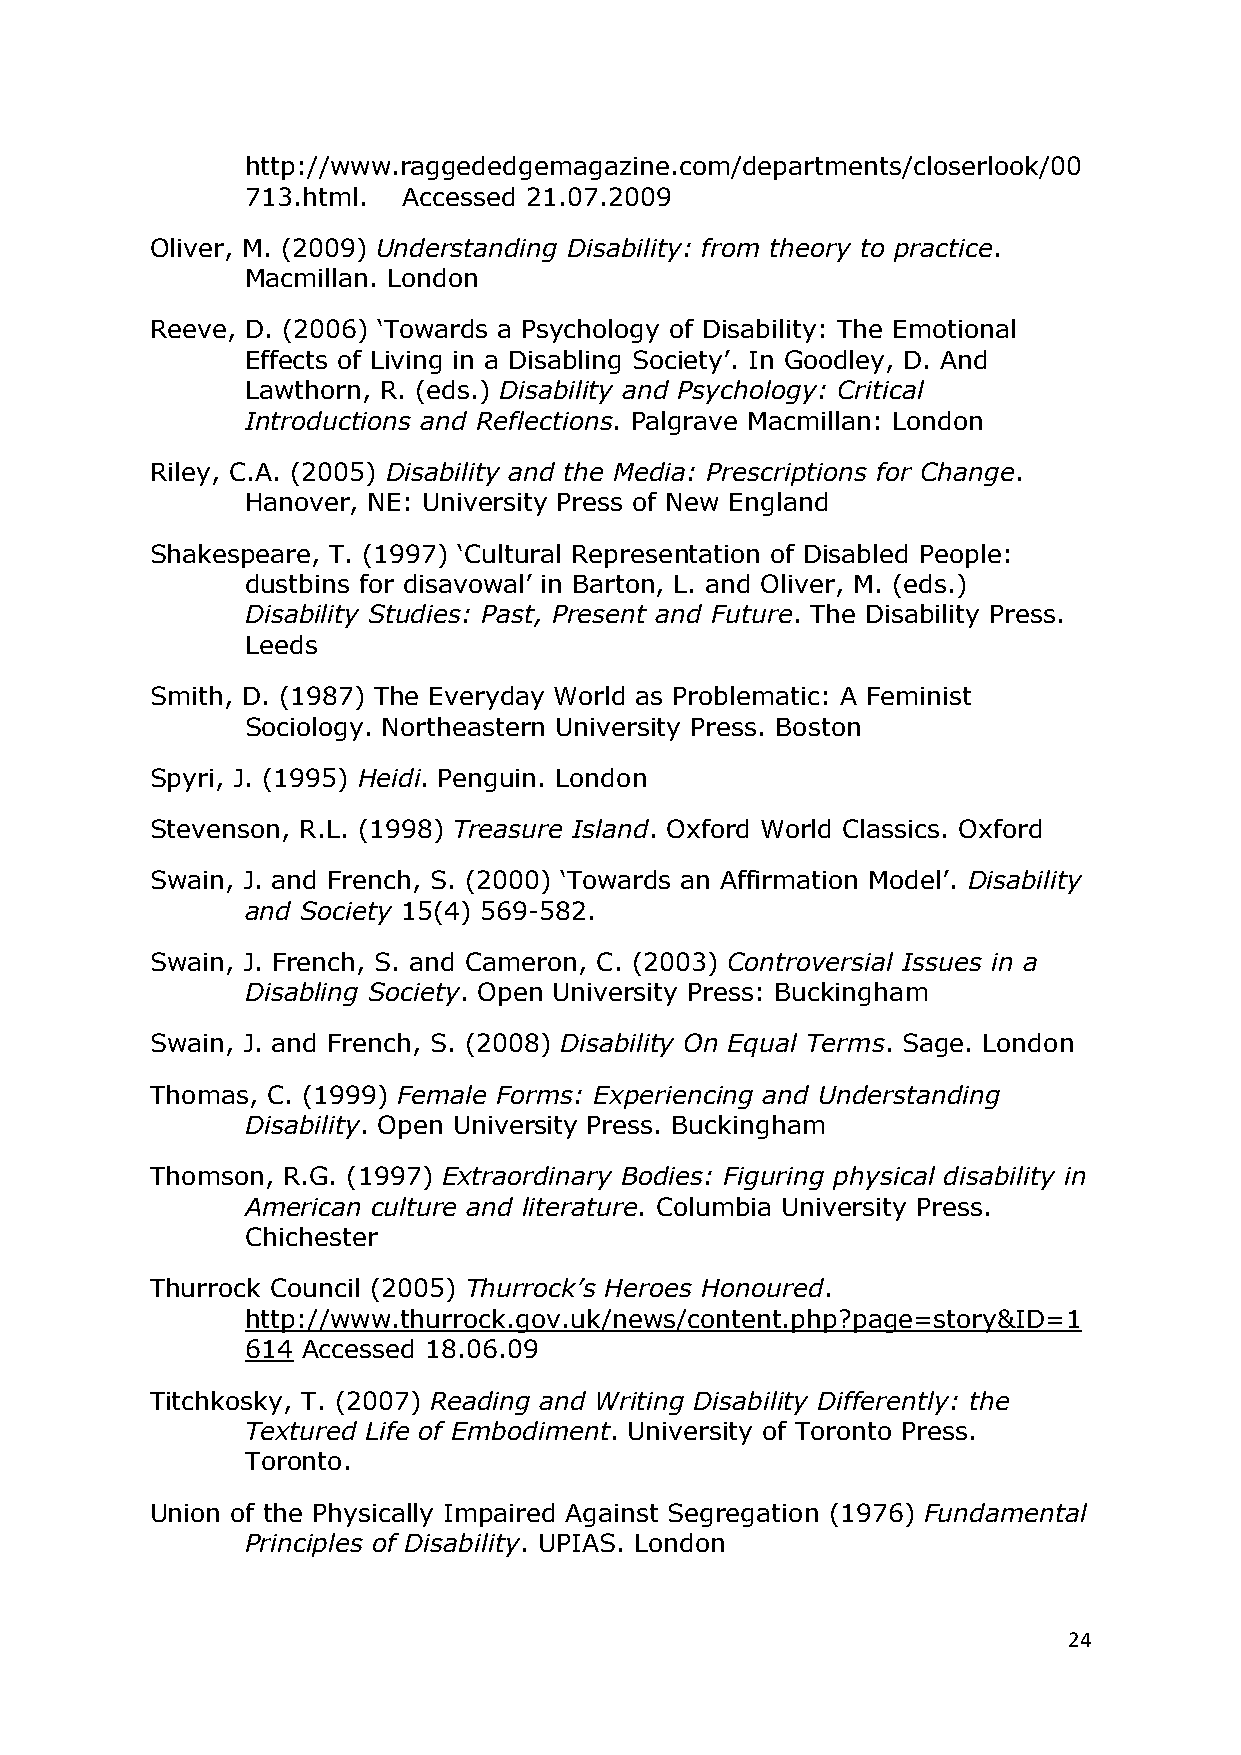
http://www.raggededgemagazine.com/departments/closerlook/00
 713.html.  Accessed 21.07.2009
 Oliver, M. (2009) Understanding Disability: from theory to practice.
 Macmillan. London
 Reeve, D. (2006) ‗Towards a Psychology of Disability: The Emotional
 Effects of Living in a Disabling Society‘. In Goodley, D. And
 Lawthorn, R. (eds.) Disability and Psychology: Critical
 Introductions and Reflections. Palgrave Macmillan: London
 Riley, C.A. (2005) Disability and the Media: Prescriptions for Change.
 Hanover, NE: University Press of New England
 Shakespeare, T. (1997) ‗Cultural Representation of Disabled People:
 dustbins for disavowal‘ in Barton, L. and Oliver, M. (eds.)
 Disability Studies: Past, Present and Future. The Disability Press.
 Leeds
 Smith, D. (1987) The Everyday World as Problematic: A Feminist
 Sociology. Northeastern University Press. Boston
 Spyri, J. (1995) Heidi. Penguin. London
 Stevenson, R.L. (1998) Treasure Island. Oxford World Classics. Oxford
 Swain, J. and French, S. (2000) ‗Towards an Affirmation Model‘. Disability
 and Society 15(4) 569-582.
 Swain, J. French, S. and Cameron, C. (2003) Controversial Issues in a
 Disabling Society. Open University Press: Buckingham
 Swain, J. and French, S. (2008) Disability On Equal Terms. Sage. London
 Thomas, C. (1999) Female Forms: Experiencing and Understanding
 Disability. Open University Press. Buckingham
 Thomson, R.G. (1997) Extraordinary Bodies: Figuring physical disability in
 American culture and literature. Columbia University Press.
 Chichester
 Thurrock Council (2005) Thurrock‘s Heroes Honoured.
 http://www.thurrock.gov.uk/news/content.php?page=story&ID=1
 614 Accessed 18.06.09
 Titchkosky, T. (2007) Reading and Writing Disability Differently: the
 Textured Life of Embodiment. University of Toronto Press.
 Toronto.
 Union of the Physically Impaired Against Segregation (1976) Fundamental
 Principles of Disability. UPIAS. London
 24